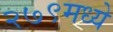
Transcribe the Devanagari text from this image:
२७९मध्ये